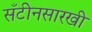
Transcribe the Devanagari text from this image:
सँटीनसारखी